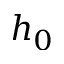
h _ { 0 }